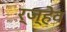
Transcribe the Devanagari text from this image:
र्ज्हेव